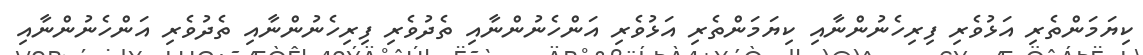
ކިޔަމަންތެރި އަޅުވެރި ފިރިހެނުންނާއި ކިޔަމަންތެރި އަޅުވެރި އަންހެނުންނާއި ތެދުވެރި ފިރިހެނުންނާއި ތެދުވެރި އަންހެނުންނާއި